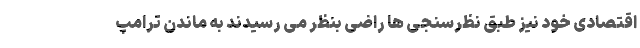
اقتصادی خود نیز طبق نظرسنجی ها راضی بنظر می رسیدند به ماندن ترامپ